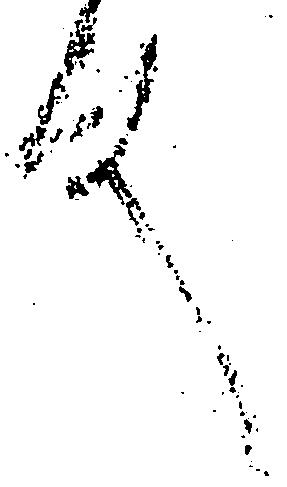
件